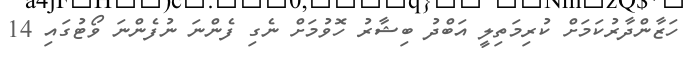
ހަޒާންދާރުކަމަށް ކުރިމަތިލީ އަބްދު ބިޝާރު ހޮވުމަށް ނެގި ފެންނަ ނުފެންނަ ވޯޓުގައި 14